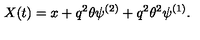
X ( t ) = x + q ^ { 2 } \theta \psi ^ { ( 2 ) } + q ^ { 2 } \theta ^ { 2 } \psi ^ { ( 1 ) } .